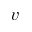
\boldsymbol { v }